Annual report on the working of the Harcourt Butler Institute of Public Health, Rangoon
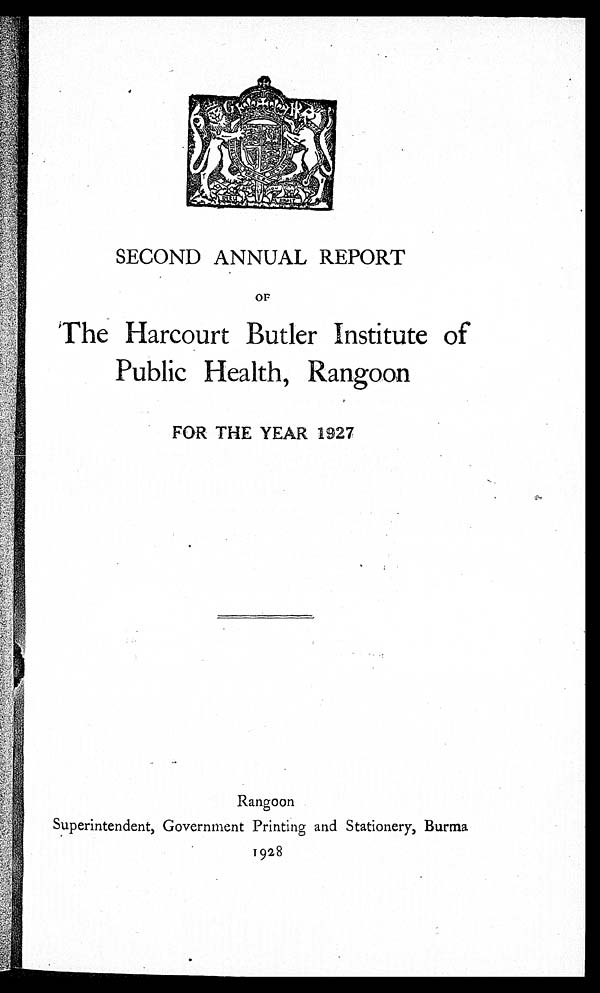
SECOND ANNUAL REPORT
OF
The Harcourt Butler Institute of
Public Health, Rangoon
FOR THE YEAR 1927
Rangoon
Superintendent, Government Printing and Stationery, Burma
1928